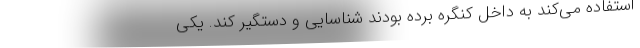
استفاده می‌کند به داخل کنگره برده بودند شناسایی و دستگیر کند. یکی